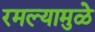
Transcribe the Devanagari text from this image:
रमल्यामुळे